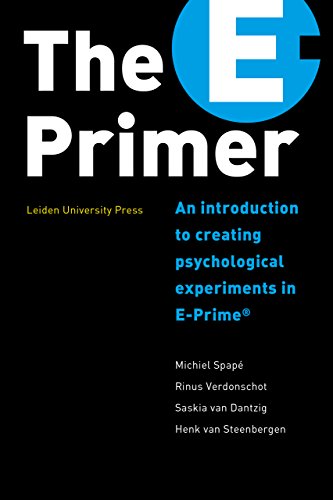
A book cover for The E-Primer: An Introduction to Creating Psychological Experiments in E-Prime (AUP - Leiden University Press); Michiel SpapÃ©; Medical Books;